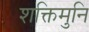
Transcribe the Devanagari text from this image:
शक्तिमुनि